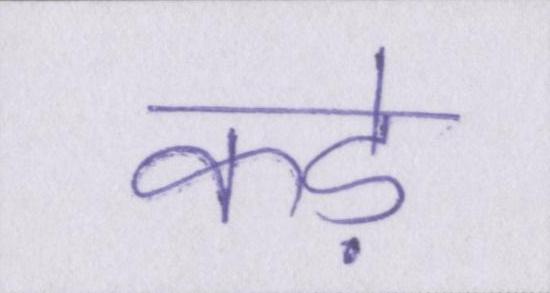
कड़े